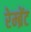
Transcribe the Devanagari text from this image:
रेम्ब्रेंट